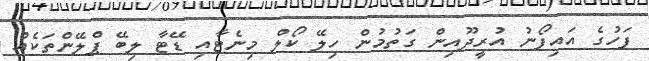
ފަހުގެ އައިފޯނު އުރީދޫއިން ގަތުމުން ހިލޭ ކޯލް މިނެޓާއި ޑޭޓާ ލިބޭ ޕްލޭންތަކެއް